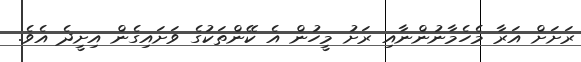
ރަށަށް އަރާ މެހެމާނުންނާއި ރަށު މީހުން އެ ކޭންތަކުގެ ވަށައިގެން އިށީދެ އެވެ.